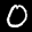
Label: 0